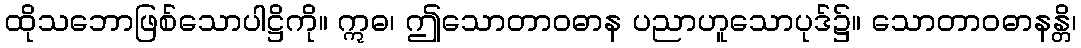
ထိုသဘောဖြစ်သောပါဋ္ဌိကို။ ဣဓ၊ ဤသောတာဝဓာန ပညာဟူသောပုဒ်၌။ သောတာဝဓာနန္တိ၊